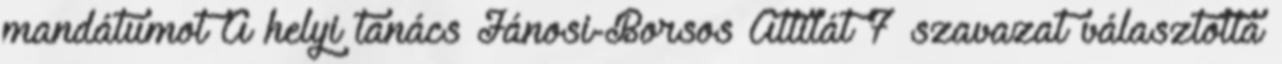
mandátumot A helyi tanács Jánosi-Borsos Attilát 7 szavazat választotta